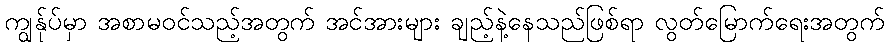
ကျွန်ုပ်မှာ အစာမဝင်သည့်အတွက် အင်အားများ ချည့်နဲ့နေသည်ဖြစ်ရာ လွတ်မြောက်ရေးအတွက်